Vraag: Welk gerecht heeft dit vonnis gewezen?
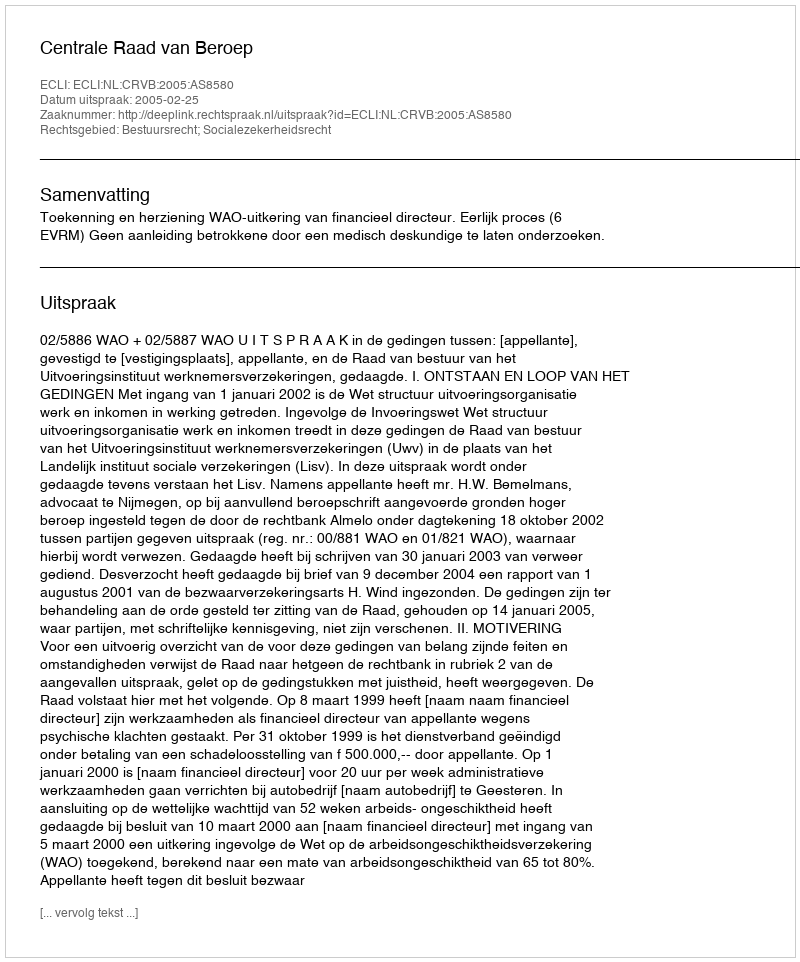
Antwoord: Centrale Raad van Beroep